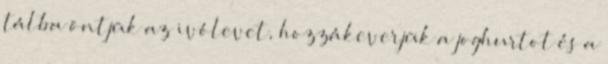
tálba öntjük az ivólevet, hozzákeverjük a joghurtot és a